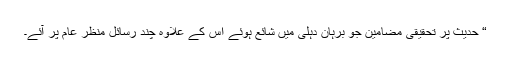
“ حدیث پر تحقیقی مضامین جو برہان دہلی میں شائع ہوئے اس کے علاوہ چند رسائل منظر عام پر آئے۔